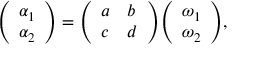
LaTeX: { \left( \begin{array} { l } { \alpha _ { 1 } } \\ { \alpha _ { 2 } } \end{array} \right) } = { \left( \begin{array} { l l } { a } & { b } \\ { c } & { d } \end{array} \right) } { \left( \begin{array} { l } { \omega _ { 1 } } \\ { \omega _ { 2 } } \end{array} \right) } ,